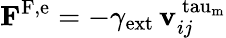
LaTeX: \mathbf{F}^{\mathrm{F,e}}=-\gamma_{\mathrm{ext}}\, \mathbf{v}_{ij}^{\mathrm{\ tau_{m}}}